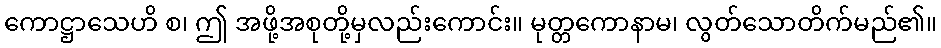
ကောဋ္ဌာသေဟိ စ၊ ဤ အဖို့အစုတို့မှလည်းကောင်း။ မုတ္တကောနာမ၊ လွတ်သောတိက်မည်၏။